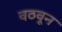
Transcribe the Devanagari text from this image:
वठवून